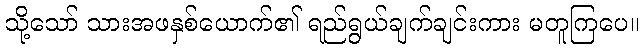
သို့သော် သားအဖနှစ်ယောက်၏ ရည်ရွယ်ချက်ချင်းကား မတူကြပေ။